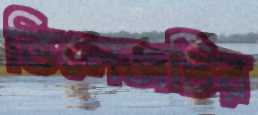
ভিলেজটির